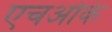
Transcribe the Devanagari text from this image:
एचओके